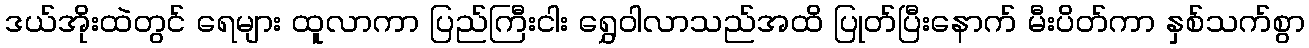
ဒယ်အိုးထဲတွင် ရေများ ထူလာကာ ပြည်ကြီးငါး ရွှေဝါလာသည်အထိ ပြုတ်ပြီးနောက် မီးပိတ်ကာ နှစ်သက်စွာ